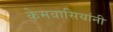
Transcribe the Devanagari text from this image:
केमवासियांनी